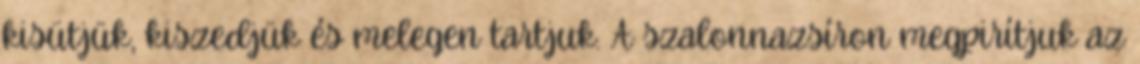
kisütjük, kiszedjük és melegen tartjuk. A szalonnazsíron megpirítjuk az